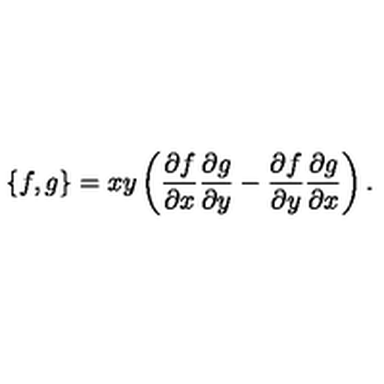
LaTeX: \{ f , g \} = x y \left( \frac { \partial f } { \partial x } \frac { \partial g } { \partial y } - \frac { \partial f } { \partial y } \frac { \partial g } { \partial x } \right) .